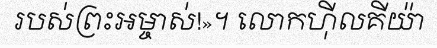
របស់ព្រះអម្ចាស់!»។ លោកហ៊ីលគីយ៉ា